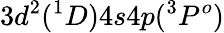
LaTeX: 3d^{2}(^{1}D)4s4p(^{3}P^{o})